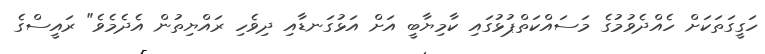
ހަގީގަތަކަށް ހެއްދެވުމުގެ މަސައްކަތްޕުޅުގައި ކާމިޔާބީ އަށް އަޅުގަނޑާއި ދިވެހި ރައްޔިތުން އެދެމެވެ" ރައީސްގެ